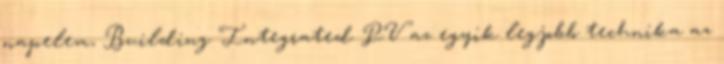
napelem, Building Integrated PV az egyik legjobb technika az